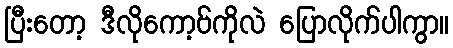
ပြီးတော့ ဒီလိုကော့ဗ်ကိုလဲ ပြောလိုက်ပါကွာ။